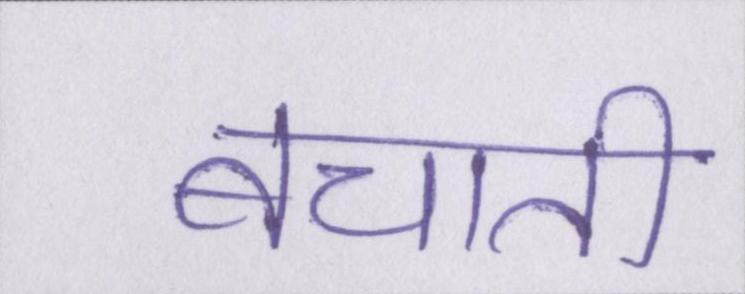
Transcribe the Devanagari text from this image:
बचाती